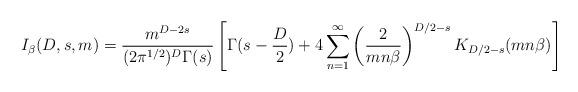
LaTeX: \begin{align*}I_{\beta}(D,s,m)= \frac{m^{D-2s}}{(2\pi^{1/2})^D\Gamma(s)} \left[\Gamma(s-\frac{D}{2}) + 4 \sum_{n=1}^{\infty} \left( \frac{2}{mn\beta} \right)^{D/2-s} K_{D/2-s}(mn\beta) \right]\end{align*}